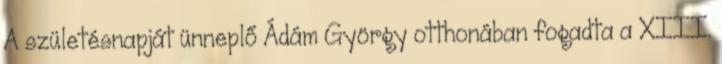
A születésnapját ünneplő Ádám György otthonában fogadta a XIII.